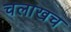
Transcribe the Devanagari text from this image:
चलाखच